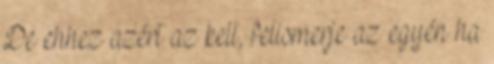
De ehhez azért az kell, felismerje az egyén ha